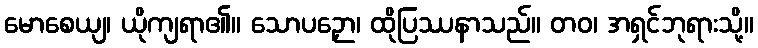
မောစေယျ၊ ယိုကျရာ၏။ သောပဉှော၊ ထိုပြဿနာသည်။ တဝ၊ အရှင်ဘုရားသို့။